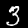
Label: 3